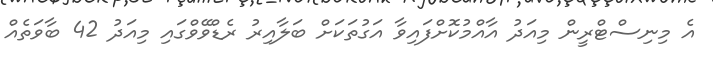
އެ މިނިސްޓްރީން މިއަދު އާއްމުކޮށްފައިވާ އަގުތަކަށް ބަލާއިރު ރެޑްވޭވްގައި މިއަދު 42 ބާވަތެއް